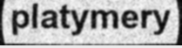
platymery